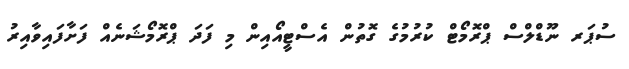
ސުޕަރ ނޫޑްލްސް ޕްރޮމޯޓް ކުރުމުގެ ގޮތުން އެސްޓީއޯއިން މި ފަދަ ޕްރޮމޯޝަނެއް ފަށާފައިވާއިރު